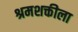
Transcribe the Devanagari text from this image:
श्रमशक्तीला